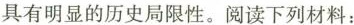
具有明显的历史局限性。阅读下列材料：